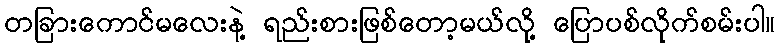
တခြားကောင်မလေးနဲ့ ရည်းစားဖြစ်တော့မယ်လို့ ပြောပစ်လိုက်စမ်းပါ။